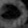
Digit: ၀